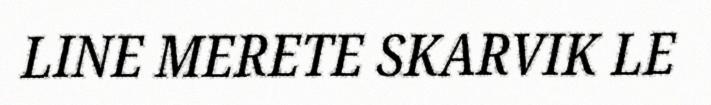
LINE MERETE SKARVIK LE